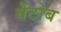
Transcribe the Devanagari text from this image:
येंटोब